Madras plague regulations in force outside the Presidency town - Volume 6
Disease focus: Plague
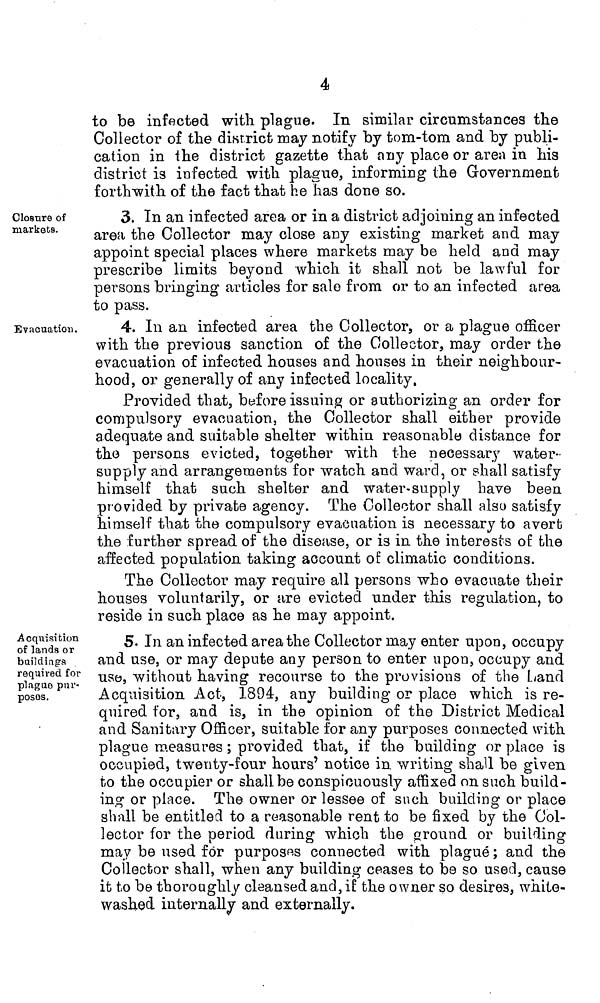
4
to be infected with plague. In similar circumstances the
Collector of the district may notify by tom-tom and by publi-
cation in ihe district gazette that any place or area in his
district is infected with plague, informing the Government
forthwith of the fact that he has done so.
Closure of
markets.
3. In an infected area or in a district adjoining an infected
area the Collector may close any existing market and may
appoint special places where markets may be held and may
prescribe limits beyond which it shall not be lawful for
persons bringing articles for sale from or to an infected urea
to pass.
Evacuation.
4. In an infected area the Collector, or a plague officer
with the previous sanction of the Collector, may order the
evacuation of infected houses and houses in their neighbour-
hood, or generally of any infected locality.
Provided that, before issuing or authorizing an order for
compulsory evacuation, the Collector shall either provide
adequate and suitable shelter within reasonable distance for
the persons evicted, together with the necessary water-
supply and arrangements for watch and ward, or shall satisfy
himself that such shelter and water-supply have been
provided by private agency. The Collector shall also satisfy
himself that the compulsory evacuation is necessary to avert
the further spread of the disease, or is in the interests of the
affected population taking account of climatic conditions.
The Collector may require all persons who evacuate their
houses voluntarily, or are evicted under this regulation, to
reside in such place as he may appoint.
Acquisition
of lands or
buildings
required for
plague pur-
poses.
5. In an infected area the Collector may enter upon, occupy
and use, or may depute any person to enter upon, occupy and
use, without having recourse to the provisions of the Land
Acquisition Act, 1894, any building or place which is re-
quired for, and is, in the opinion of the District Medical
and Sanitary Officer, suitable for any purposes connected with
plague measures ; provided that, if the building or place is
occupied, twenty-four hours' notice in. writing shall be given
to the occupier or shall be conspicuously affixed on such build-
ing or place. The owner or lessee of such building or place
shall be entitled to a reasonable rent to be fixed by the Col-
lector for the period during which the ground or building
may be used for purposes connected with plagué ; and the
Collector shall, when any building ceases to be so used, cause
it to be thoroughly cleansed and, if the owner so desires, white-
washed internally and externally.